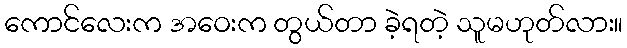
ကောင်လေးက အဝေးက တွယ်တာ ခဲ့ရတဲ့ သူမဟုတ်လား။